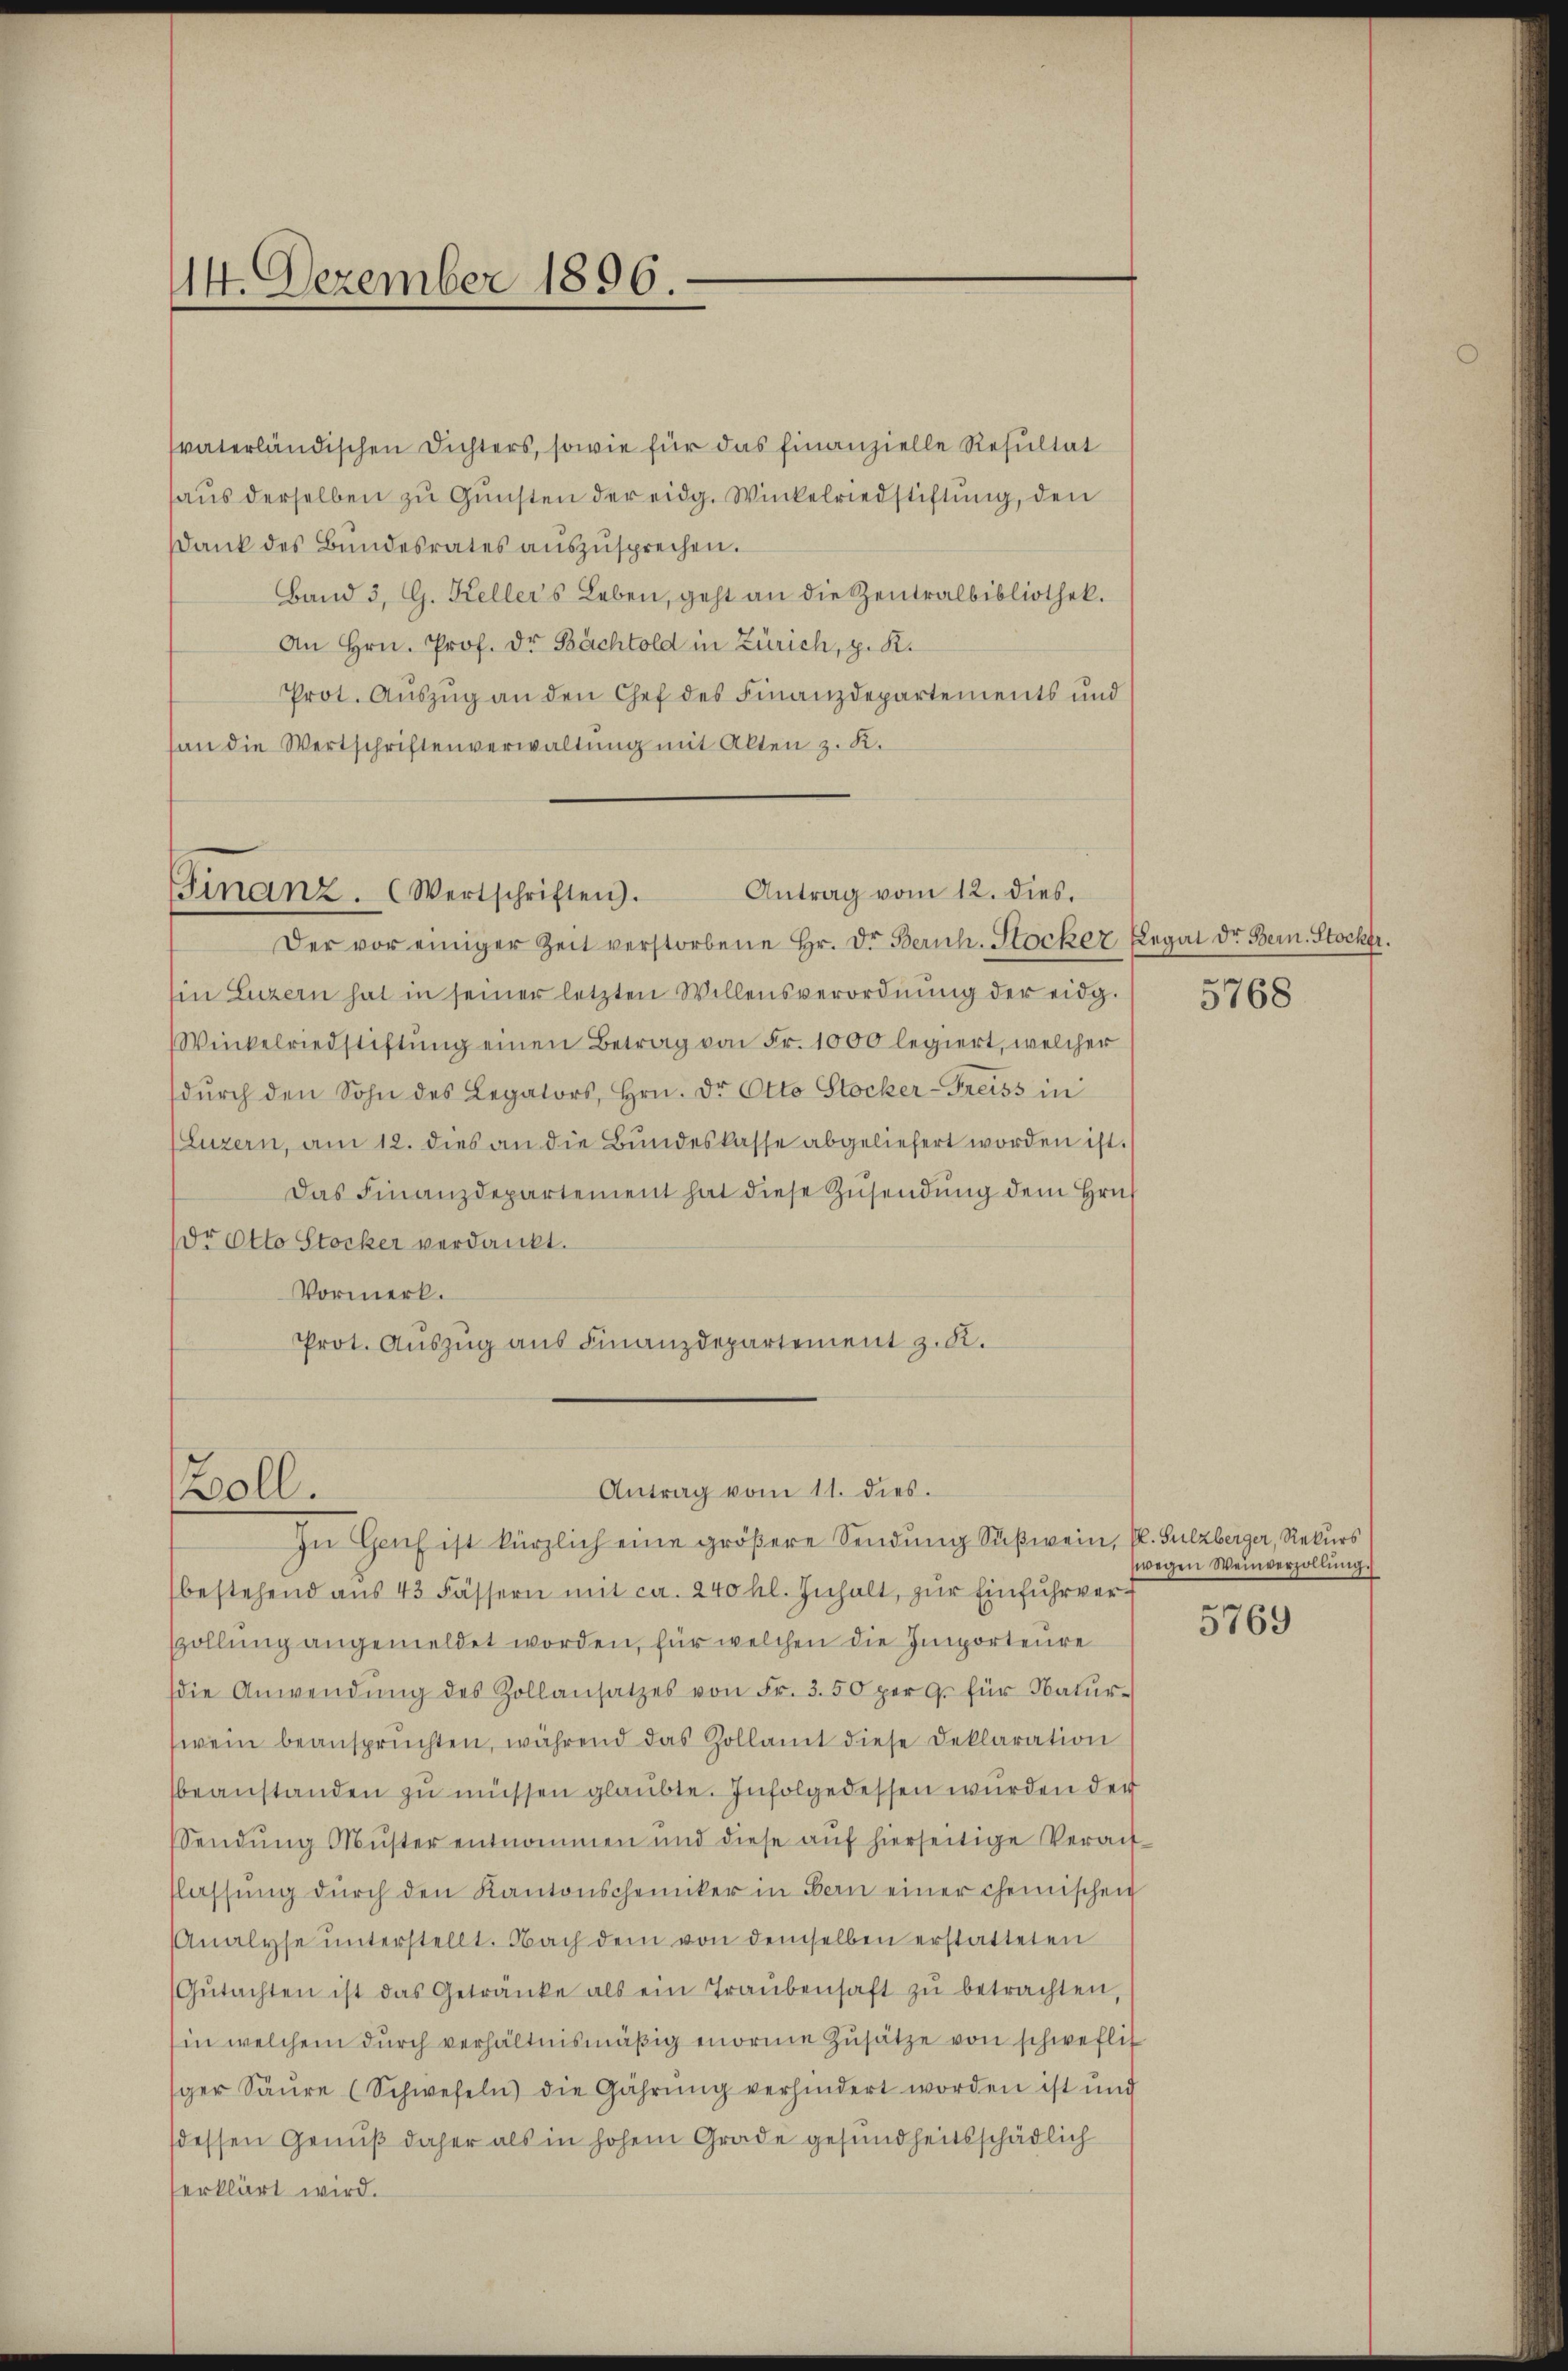
14. Dezember 1896.

svaterländischen Dichters, sowie für das finanzielle Resultat
haus derselben zu Gunsten der eidg. Winkelriedstiftung, den
Dank des Bŭndesrates aŭszŭsprechen.
Band 3, G. Keller's Leben, geht an die Zentralbibliothek.
An Hrn. Prof. Dr Bachtold in Zürich, p. K.
Prot. Aŭszŭg an den Chef des Finanzdepartements und
an die Wertschriftenverwaltung mit Alten z. K.

Antrag vom 12. dies.
Finanz. (Wertschriften.

Zoll.

Antrag vom 11. dies.

Der vor einiger Zeit verstorbene Hr. Dr. Zürich. Stocker Legat der Bern. Stocker.
Ein Luzern hat in seiner letzten Willensverordnung der eidg.
Winkelriedstiftŭng einen Betrag von Fr. 1000 legiert, welcher
dŭrch den Sohn des Legators, Hrn. Dr. Otto Stocker-Freiss in
(Luzern, am 12. dies an die Bundeskasse abgeliefert worden ist.
Das Finanzdepartement hat diese Zŭsendŭng dem Hrn.
dr Otto Stocker verdankt.
Vormerk.
Prot. Auszug aus Finanzdepartement z. R.

In Genf ist kürzlich eine größere Sendung Sußwein, fl. Sulzberger, Rekurs
(bestehend aŭs 43 Fässern mit ca. 240 hl. Inhalt, zur Einfuhrver¬
Zollung angemeldet worden, für welchen die Importenre
(die Anwendŭng des Zollansatzes von Fr. 3. 50 per G. für Natŭr-
wein beansprüchten, während das Zollamt diese Deklaration
sbeanstanden zu müssen glaubte. Infolgedessen wurden der
Sendung Muster entnommen und diese auf hierseitige Veraufflassŭng dŭrch den Kantonscheiniker in Bern einer chemischen
Analyse unterstellt. Nach dem von demselben erstatteten
Gŭtachten ist das Getränke als ein Traŭbensaft zŭ betrachten,
in welchem durch verhältnismäßig morne Zusätze von schweflic
ger Säŭre (Schwefeln) die Gährŭng verhindert worden ist und
(dessen Genuß daher als in hohem Grade gesundheitsschädlich
erklärt wird.

5768

wegen Weinverzollŭng.
f

5769